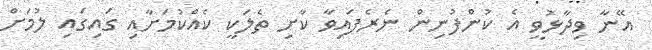
އޭނާ ވިދާޅުވީ އެ ކުންފުނިން ނެރެފައިވާ ކާށި ތެލަކީ ކެއްކުމަށާއި ގައިގައި ލުމަށް